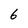
Character: 6